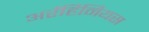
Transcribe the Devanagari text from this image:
अर्रहिनियस